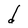
Character: d